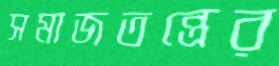
সমাজতন্ত্রের